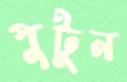
পুটুন